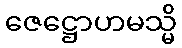
ဇေဋ္ဌောဟမသ္မိ